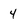
Character: 4